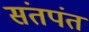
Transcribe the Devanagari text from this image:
संतपंत